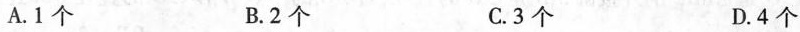
A.1个 B.2个 C.3个 D.4个